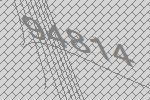
94814